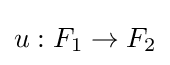
u:F_{1}\to F_{2}